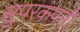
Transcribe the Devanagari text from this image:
सुपरकंपनी